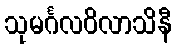
သုမင်္ဂလဝိလာသိနီ